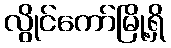
လွိုင်ကော်မြို့ရှိ